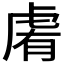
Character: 𧆴